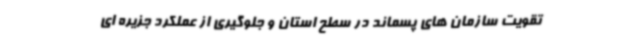
تقویت سازمان های پسماند در سطح استان و جلوگیری از عملکرد جزیره ای